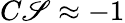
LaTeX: C\mathscr{S}\approx-1